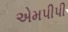
એમપીપી